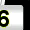
Digit: 6